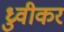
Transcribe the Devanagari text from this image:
ध्रुवीकर